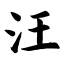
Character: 汪